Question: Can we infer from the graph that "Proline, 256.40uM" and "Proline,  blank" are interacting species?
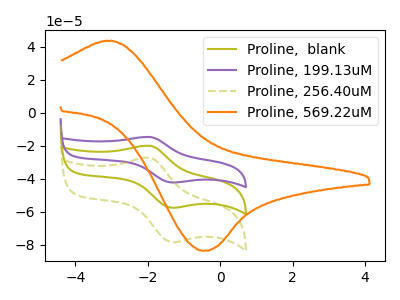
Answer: <think>The olive curve "Proline,  blank" has an anodic peak at (-1.95V, -20.00uA) and a cathodic peak at (-1.30V, -57.55uA). The purple curve "Proline, 199.13uM" has an anodic peak at (-1.95V, -39.95uA) and a cathodic peak at (-1.30V, -115.10uA). The olive dashed curve "Proline, 256.40uM" has an anodic peak at (-1.95V, -27.25uA) and a cathodic peak at (-1.30V, -78.40uA). The orange curve "Proline, 569.22uM" has an anodic peak at (-3.10V, 43.65uA) and a cathodic peak at (-0.45V, -83.60uA).
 All the peaks in "Proline, 256.40uM" have a peak in "Proline,  blank" at the same potential.</think>
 <answer>No, "Proline, 256.40uM" and "Proline,  blank" don't appear to be significantly different in shape</answer>
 <eval>no_change</eval>